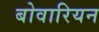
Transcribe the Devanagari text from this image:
बोवारियन